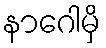
နာဂေါမှိ